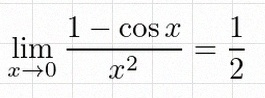
\lim_{x\to0}\frac{1-\cos x}{x^2}=\frac12